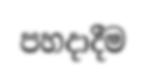
පහදාදීම